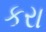
કરા